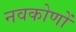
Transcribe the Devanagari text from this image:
नवकोणों